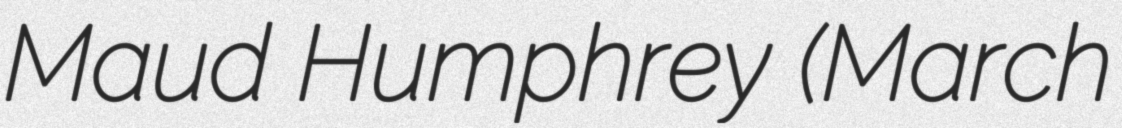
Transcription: Maud Humphrey (March